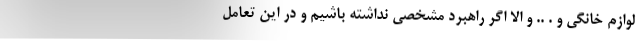
لوازم خانگی و . .. و الا اگر راهبرد مشخصی نداشته باشیم و در این تعامل